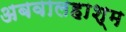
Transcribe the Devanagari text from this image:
अबवालहाश्म